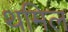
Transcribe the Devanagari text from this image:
थमिल